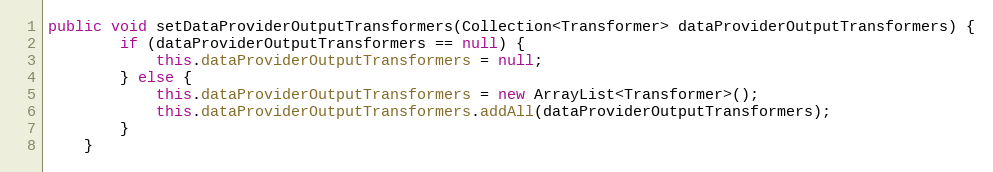
Language: Java
public void setDataProviderOutputTransformers(Collection<Transformer> dataProviderOutputTransformers) {
        if (dataProviderOutputTransformers == null) {
            this.dataProviderOutputTransformers = null;
        } else {
            this.dataProviderOutputTransformers = new ArrayList<Transformer>();
            this.dataProviderOutputTransformers.addAll(dataProviderOutputTransformers);
        }
    }